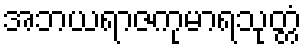
အဘယရာဇကုမာရသုတ္တံ